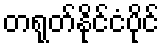
တရုတ်နိုင်ငံပိုင်